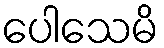
ပေါသေမိ